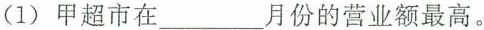
(1) 甲超市在___月份的营业额最高。